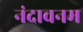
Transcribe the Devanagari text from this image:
नंदावनम